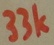
Text: 33k